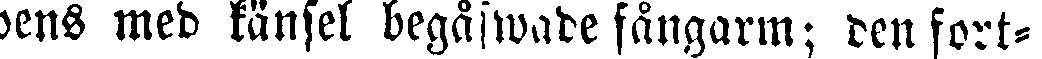
pens med känsel begäfwade fångarm; den fort-